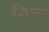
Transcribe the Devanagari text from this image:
किन्ले